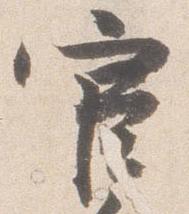
官